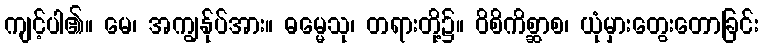
ကျင့်ပါ၏။ မေ၊ အကျွန်ုပ်အား။ ဓမ္မေသု၊ တရားတို့၌။ ဝိစိကိစ္ဆာစ၊ ယုံမှားတွေးတောခြင်း